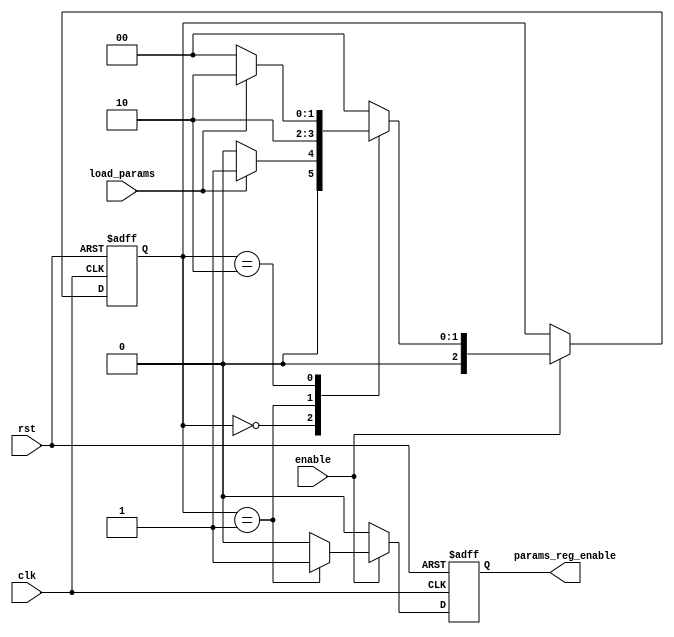
`timescale 1ns / 1ps

module MemoryCU(
    input wire clk,                 // Clock input
    input wire rst,                 // Asynchronous reset input
    input wire enable,              // Enable signal for FSM control
    input wire load_params,         // Signal to start loading parameters
    output reg params_reg_enable // Control signal for writing to the FIFO
);

// Define FSM states using parameters
parameter IDLE  = 3'b000,
          WRITE = 3'b001,
          WAIT  = 3'b010;

// State registers
reg [2:0] current_state, next_state;

// FSM state transition and output logic
always @(posedge clk or posedge rst) begin
    if (rst) begin
        current_state <= IDLE;
    end else if (enable) begin
        current_state <= next_state;
    end
end

// Next state logic
always @(*) begin
    if (!enable) begin
        next_state = current_state;  // Maintain current state if not enabled
    end else begin
        case (current_state)
            IDLE: begin
                if (load_params) begin
                    next_state = WRITE;
                end else begin
                    next_state = IDLE;
                end
            end
            WRITE: begin
                next_state = WAIT;
            end
            WAIT: begin
                if (!load_params) begin
                    next_state = IDLE;
                end else begin
                    next_state = WAIT;
                end
            end
            default: begin
                next_state = IDLE;
            end
        endcase
    end
end

// Output logic based on the states
always @(posedge clk or posedge rst) begin
    if (rst) begin
        params_reg_enable <= 0;
    end else if (enable) begin
        case (current_state)
            WRITE: begin
                params_reg_enable <= 1;
            end
            WAIT: begin
                params_reg_enable <= 0;
            end
            default: begin
                params_reg_enable <= 0;
            end
        endcase
    end else begin
        params_reg_enable <= 0;  // Ensure params_reg_enable is off when not enabled
    end
end

endmodule